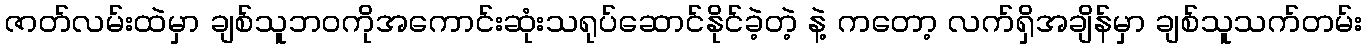
ဇာတ်လမ်းထဲမှာ ချစ်သူဘဝကိုအကောင်းဆုံးသရုပ်ဆောင်နိုင်ခဲ့တဲ့ နဲ့ ကတော့ လက်ရှိအချိန်မှာ ချစ်သူသက်တမ်း